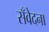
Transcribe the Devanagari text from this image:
सँवेदना